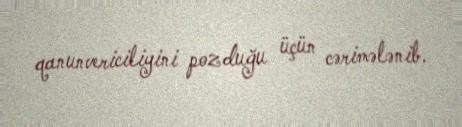
qanunvericiliyini pozduğu üçün cərimələnib.